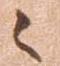
候